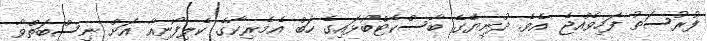
ފުރުސަތު ފަހިވެއްޖެ އެވެ. ދުނިޔޭގެ ބާސްކެޓްބޯޅައިގެ ހަބް އެމެރިކާގެ ކެލިފޯނިއާ އަށް ނިސްބަތްވާ